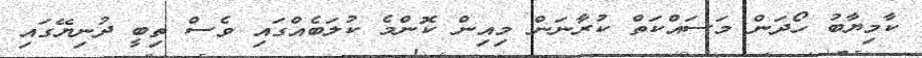
ކާމިޔާބު ހޯދަން މަސައްކަތް ކުރާނަން މިއިން ކޮންމެ ކުލަބެއްގައި ވެސް ތިބީ ދުނިޔޭގައި